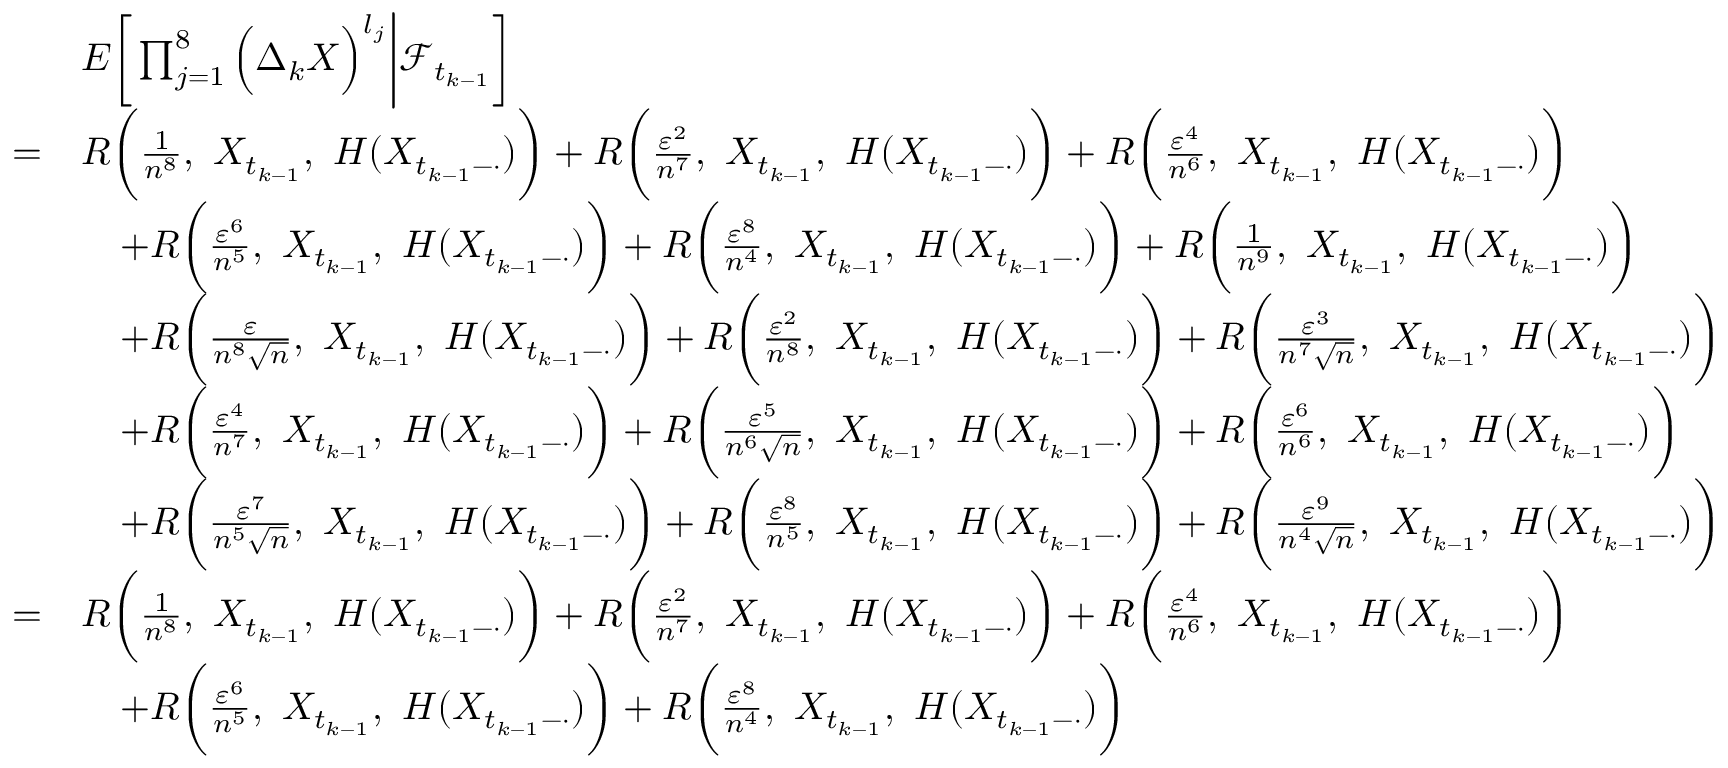
\begin{array} { r l } & { E \bigg [ \prod _ { j = 1 } ^ { 8 } \Big ( \Delta _ { k } X \Big ) ^ { l _ { j } } \bigg | \mathcal { F } _ { t _ { k - 1 } } \bigg ] } \\ { = } & { R \bigg ( \frac { 1 } { n ^ { 8 } } , ~ X _ { t _ { k - 1 } } , ~ H ( X _ { t _ { k - 1 } - \cdot } ) \bigg ) + R \bigg ( \frac { \varepsilon ^ { 2 } } { n ^ { 7 } } , ~ X _ { t _ { k - 1 } } , ~ H ( X _ { t _ { k - 1 } - \cdot } ) \bigg ) + R \bigg ( \frac { \varepsilon ^ { 4 } } { n ^ { 6 } } , ~ X _ { t _ { k - 1 } } , ~ H ( X _ { t _ { k - 1 } - \cdot } ) \bigg ) } \\ & { \quad + R \bigg ( \frac { \varepsilon ^ { 6 } } { n ^ { 5 } } , ~ X _ { t _ { k - 1 } } , ~ H ( X _ { t _ { k - 1 } - \cdot } ) \bigg ) + R \bigg ( \frac { \varepsilon ^ { 8 } } { n ^ { 4 } } , ~ X _ { t _ { k - 1 } } , ~ H ( X _ { t _ { k - 1 } - \cdot } ) \bigg ) + R \bigg ( \frac { 1 } { n ^ { 9 } } , ~ X _ { t _ { k - 1 } } , ~ H ( X _ { t _ { k - 1 } - \cdot } ) \bigg ) } \\ & { \quad + R \bigg ( \frac { \varepsilon } { n ^ { 8 } \sqrt { n } } , ~ X _ { t _ { k - 1 } } , ~ H ( X _ { t _ { k - 1 } - \cdot } ) \bigg ) + R \bigg ( \frac { \varepsilon ^ { 2 } } { n ^ { 8 } } , ~ X _ { t _ { k - 1 } } , ~ H ( X _ { t _ { k - 1 } - \cdot } ) \bigg ) + R \bigg ( \frac { \varepsilon ^ { 3 } } { n ^ { 7 } \sqrt { n } } , ~ X _ { t _ { k - 1 } } , ~ H ( X _ { t _ { k - 1 } - \cdot } ) \bigg ) } \\ & { \quad + R \bigg ( \frac { \varepsilon ^ { 4 } } { n ^ { 7 } } , ~ X _ { t _ { k - 1 } } , ~ H ( X _ { t _ { k - 1 } - \cdot } ) \bigg ) + R \bigg ( \frac { \varepsilon ^ { 5 } } { n ^ { 6 } \sqrt { n } } , ~ X _ { t _ { k - 1 } } , ~ H ( X _ { t _ { k - 1 } - \cdot } ) \bigg ) + R \bigg ( \frac { \varepsilon ^ { 6 } } { n ^ { 6 } } , ~ X _ { t _ { k - 1 } } , ~ H ( X _ { t _ { k - 1 } - \cdot } ) \bigg ) } \\ & { \quad + R \bigg ( \frac { \varepsilon ^ { 7 } } { n ^ { 5 } \sqrt { n } } , ~ X _ { t _ { k - 1 } } , ~ H ( X _ { t _ { k - 1 } - \cdot } ) \bigg ) + R \bigg ( \frac { \varepsilon ^ { 8 } } { n ^ { 5 } } , ~ X _ { t _ { k - 1 } } , ~ H ( X _ { t _ { k - 1 } - \cdot } ) \bigg ) + R \bigg ( \frac { \varepsilon ^ { 9 } } { n ^ { 4 } \sqrt { n } } , ~ X _ { t _ { k - 1 } } , ~ H ( X _ { t _ { k - 1 } - \cdot } ) \bigg ) } \\ { = } & { R \bigg ( \frac { 1 } { n ^ { 8 } } , ~ X _ { t _ { k - 1 } } , ~ H ( X _ { t _ { k - 1 } - \cdot } ) \bigg ) + R \bigg ( \frac { \varepsilon ^ { 2 } } { n ^ { 7 } } , ~ X _ { t _ { k - 1 } } , ~ H ( X _ { t _ { k - 1 } - \cdot } ) \bigg ) + R \bigg ( \frac { \varepsilon ^ { 4 } } { n ^ { 6 } } , ~ X _ { t _ { k - 1 } } , ~ H ( X _ { t _ { k - 1 } - \cdot } ) \bigg ) } \\ & { \quad + R \bigg ( \frac { \varepsilon ^ { 6 } } { n ^ { 5 } } , ~ X _ { t _ { k - 1 } } , ~ H ( X _ { t _ { k - 1 } - \cdot } ) \bigg ) + R \bigg ( \frac { \varepsilon ^ { 8 } } { n ^ { 4 } } , ~ X _ { t _ { k - 1 } } , ~ H ( X _ { t _ { k - 1 } - \cdot } ) \bigg ) } \end{array}